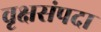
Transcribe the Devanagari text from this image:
वृक्षसंपदा